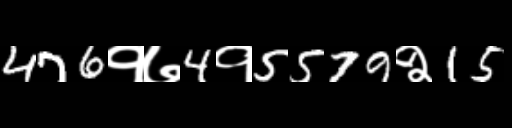
Text: 476१७4१5579२15